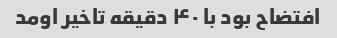
افتضاح بود با ۴۰ دقیقه تاخیر اومد